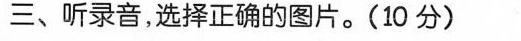
三、听录音，选择正确的图片。(10分)